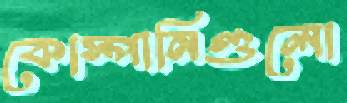
কোস্পানিগুলো